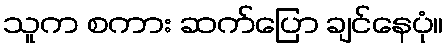
သူက စကား ဆက်ပြော ချင်နေပုံ။